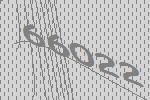
66022